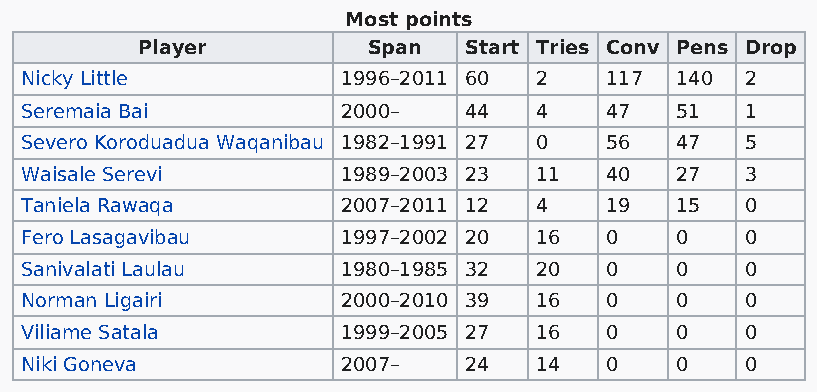
Most points
 Player         Span   Start Tries Conv Pens Drop
 Nicky Little          1996–2011 60 2   117  140 2
 Seremaia Bai          2000–   44  4    47   51  1
 Severo Koroduadua Waqanibau 1982–1991 27 0 56 47 5
 Waisale Serevi        1989–2003 23 11  40   27  3
 Taniela Rawaqa        2007–2011 12 4   19   15  0
 Fero Lasagavibau      1997–2002 20 16  0    0   0
 Sanivalati Laulau     1980–1985 32 20  0    0   0
 Norman Ligairi        2000–2010 39 16  0    0   0
 Viliame Satala        1999–2005 27 16  0    0   0
 Niki Goneva           2007–   24  14   0    0   0